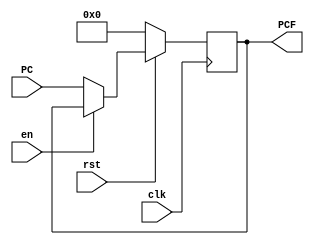
`timescale 1ns / 1ps
//////////////////////////////////////////////////////////////////////////////////
// Company: 
// Engineer: 
// 
// Design Name: 
// Module Name:    PC_IF 
// Project Name: 
// Target Devices: 
// Tool versions: 
// Description: 
//
// Dependencies: 
//
// Revision: 
// Revision 0.01 - File Created
// Additional Comments: 
//
//////////////////////////////////////////////////////////////////////////////////
module PC_IF(
	input [31:0] PC,
	input clk,en,
	input rst,
	output reg [31:0] PCF
    );

always@(posedge clk)
begin
	if(~rst)
		PCF<=0;
	else 
		if (!en) PCF <= PC;
end

endmodule